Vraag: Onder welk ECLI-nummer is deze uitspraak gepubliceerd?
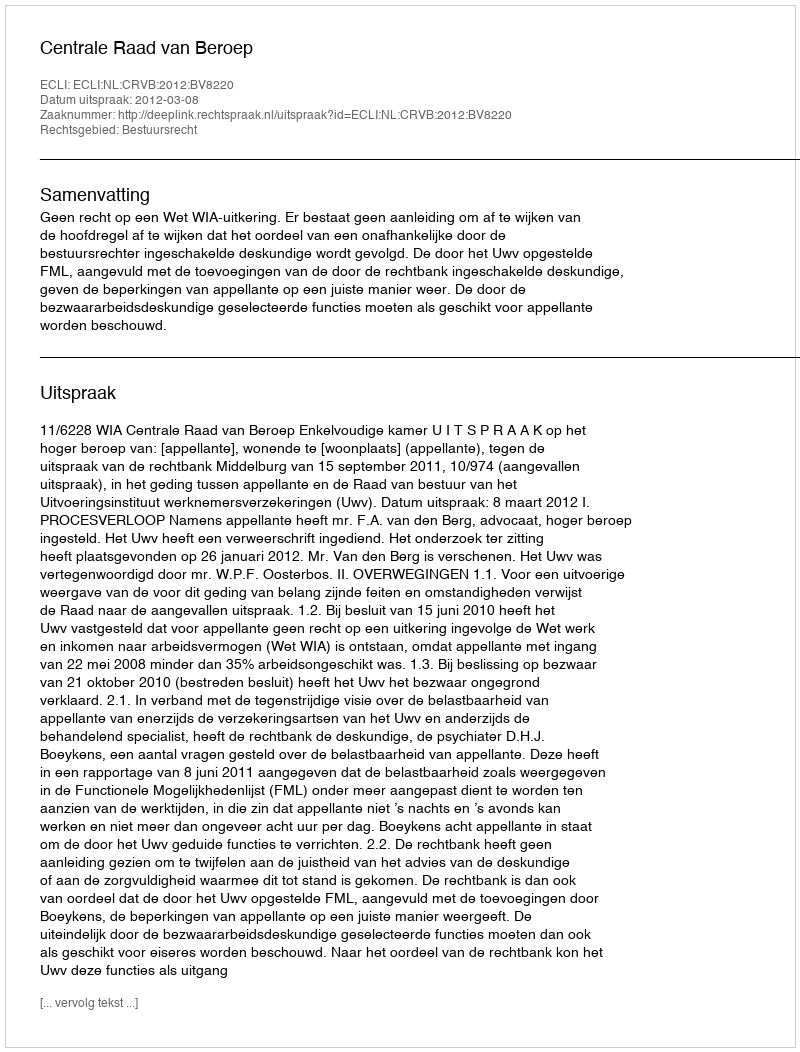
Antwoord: ECLI:NL:CRVB:2012:BV8220